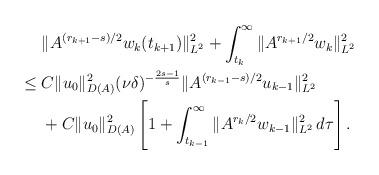
LaTeX: \begin{align*}&\;\|A^{(r_{k+1}-s)/2}w_k(t_{k+1})\|_{L^2}^2 +\int_{t_k}^{\infty} \|A^{r_{k+1}/2}w_k\|_{L^2}^2\\\leq &\; C\|u_0\|_{D(A)}^2 (\nu\delta)^{-\frac{2s-1}{s}}\|A^{(r_{k-1}-s)/2} u_{k-1}\|_{L^2}^2\\&\;+C\|u_0\|_{D(A)}^2 \left[1+\int_{t_{k-1}}^\infty \|A^{r_k/2}w_{k-1}\|_{L^2}^2 \,d\tau\right].\end{align*}